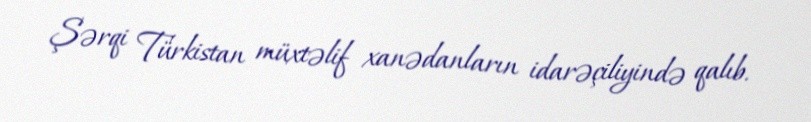
Şərqi Türkistan müxtəlif xanədanların idarəçiliyində qalıb.